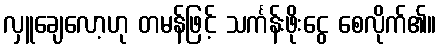
လှူချေလော့ဟု တမန်ဖြင့် သင်္ကန်းဖိုးငွေ စေလိုက်၏။